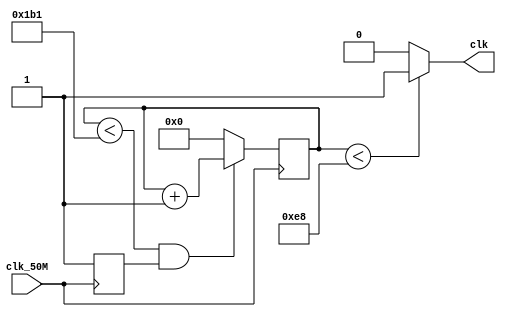
module clock(

input clk_50M,	//50 MHz clock
	output clk		//UART transmit output
);

reg [9:0] counter_out = 0 ;



reg val = 0;

//integer counter1 = 0;
//reg [7:0] counter2 = 0;
//reg out;
//
//reg [10:0] S = "01100101011";
//reg [10:0] M = "01011001011";
//reg [10:0] zero = "00000000011";
//reg [10:0] two = "00100000011";


always @ (posedge clk_50M)
begin
 
	if (counter_out < 433  & val == 1) begin
	counter_out <= counter_out + 1;
	end
	
	else 
	begin counter_out <= 0; end

	
val <= 1;
end

assign clk  = (counter_out < 232 ) ? 1:0;

endmodule